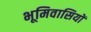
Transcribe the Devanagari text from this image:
भूमिवासियों